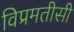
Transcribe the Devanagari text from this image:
विप्रमतीसी